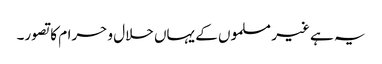
یہ ہے غیر مسلموں کے یہاں حلال و حرام کا تصور۔